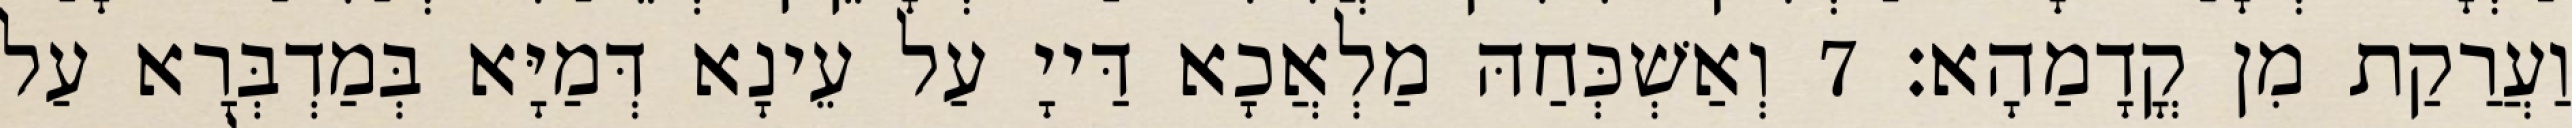
וַעֲרַקַת מִן קֳדָמַהָא׃ 7 וְאַשְׁכְּחַהּ מַלְאֲכָא דַּייָ עַל עֵינָא דְּמַיָּא בְּמַדְבְּרָא עַל